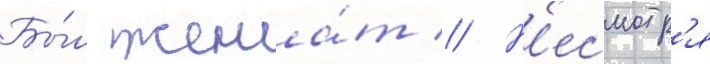
Бы́л жена́т // Н'есмотр'я